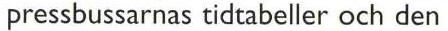
pressbussarnas tidtabeller och den